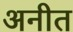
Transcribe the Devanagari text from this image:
अनीत